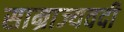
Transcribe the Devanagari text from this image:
साम्राज्यवदी